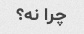
چرا نه؟